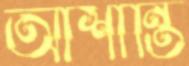
আশান্তি